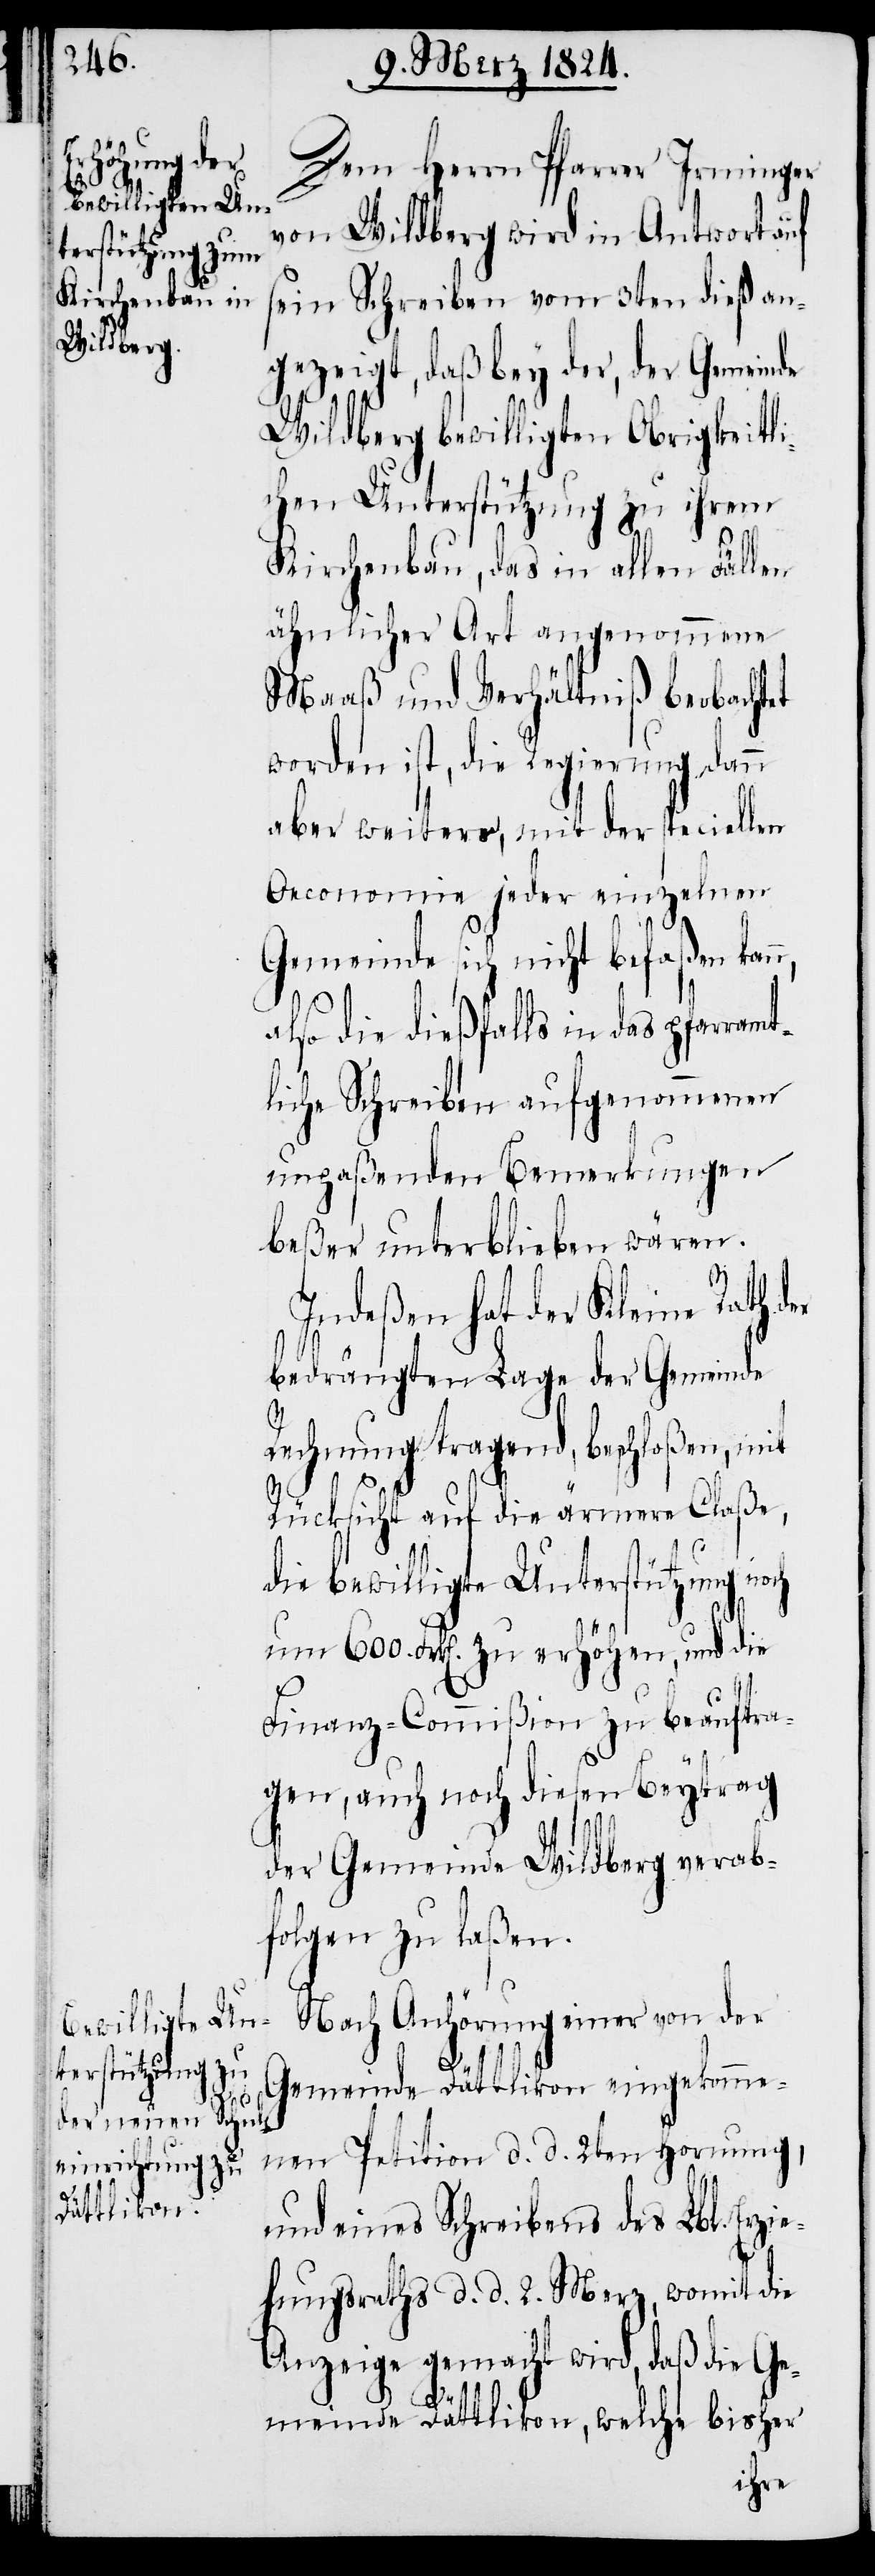
och

Dem Herrn Pfarrer Irminger
von Wildberg wird in Antwort auf
sein Schreiben vom 3ten dieß an¬
gezeigt, daß bey der, der Gemeinde
Wildberg bewilligten Obrigkeitli¬
chen Unterstützung zu ihrem
Kirchenbau, das in allen Fällen
ähnlicher Art angenommene
Maaß und Verhältniß beobachtet
worden ist, die Regierung dann
aber weiters, mit der specie¬
Oeconomie jeder einzelnen
Gemeinde sich nicht befaßen kan¬
also die dießfalls in das pfarramt¬
liche Schreiben aufgenommenen
unpaßenden Bemerkungen
beßer unterblieben wären.
Indeßen hat der Kleine Rath der
bedrängten Lage der Gemeinde
n,
Rechnung tragend, beschloßen, mit
Rücksicht auf die ärmere Claße,
die bewilligte Unterstützung n¬
um 600. Frk[en]. zu erhöhen, und die
Finanz-Commißion zu beauftra¬
gen, auch noch diesen Beytrag
der Gemeinde Wildberg verab¬
folgen zu laßen.
Nach Anhörung einer von der
Gemeinde Dättlikon eingekomme¬
nen Petition d. d. 2ten Hornung,
und eines Schreibens des Lbl. Erzi¬
ehungsraths d. d. 2. Merz, womit die
Anzeige gemacht wird, daß die Ge¬
meinde Dättlikon, welche bisher